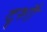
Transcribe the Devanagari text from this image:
दृशौ